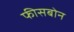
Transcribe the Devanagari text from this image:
फीसबोन